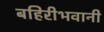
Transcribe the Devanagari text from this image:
बहिरीभवानी